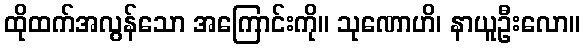
ထိုထက်အလွန်သော အကြောင်းကို။ သုဏောဟိ၊ နာယူဦးလော။